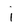
Character: i